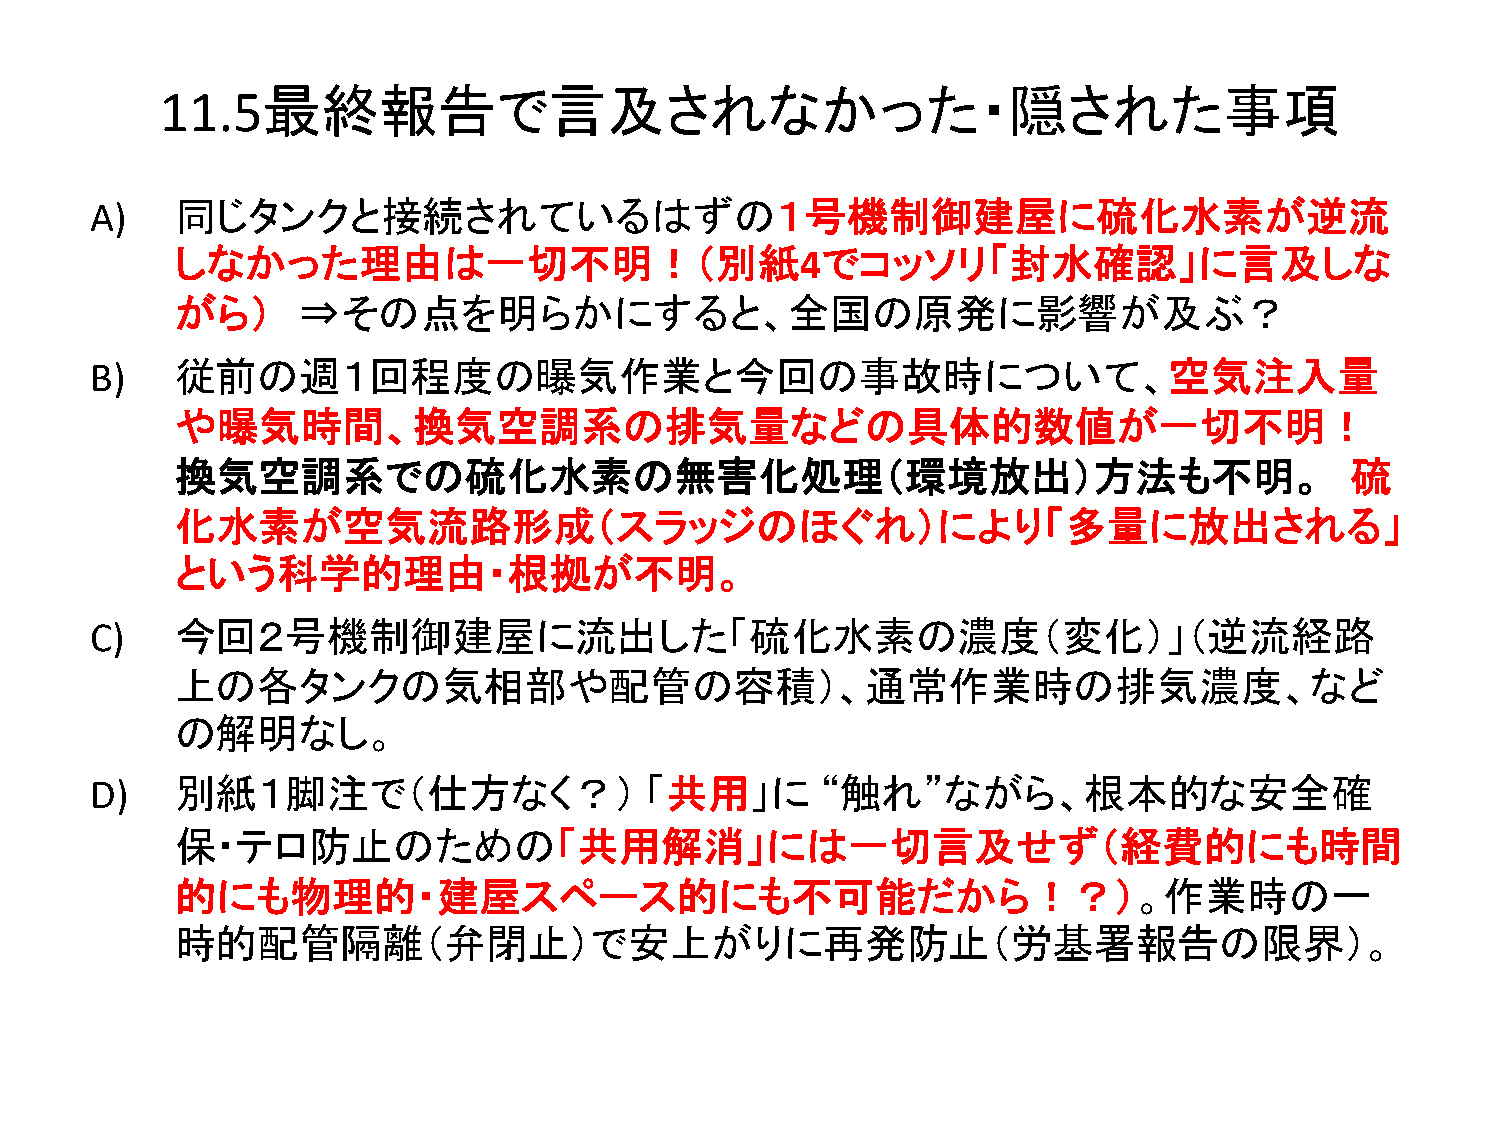
最終報告で言及されなかった・隠された事項
 11.5
 A)    同じタンクと接続されているはずの１号機制御建屋に硫化水素が逆流
 しなかった理由は一切不明！（別紙4でコッソリ「封水確認」に言及しな
 がら）     ⇒その点を明らかにすると、全国の原発に影響が及ぶ？
 B)    従前の週１回程度の曝気作業と今回の事故時について、空気注入量
 や曝気時間、換気空調系の排気量などの具体的数値が一切不明！
 換気空調系での硫化水素の無害化処理（環境放出）方法も不明。                                                硫
 化水素が空気流路形成（スラッジのほぐれ）により「多量に放出される」
 という科学的理由・根拠が不明。
 C)    今回２号機制御建屋に流出した「硫化水素の濃度（変化）」（逆流経路
 上の各タンクの気相部や配管の容積）、通常作業時の排気濃度、など
 の解明なし。
 D)    別紙１脚注で（仕方なく？）                  「共用」に      “触れ”ながら、根本的な安全確
 保・テロ防止のための「共用解消」には一切言及せず（経費的にも時間
 的にも物理的・建屋スペース的にも不可能だから！？）。作業時の一
 時的配管隔離（弁閉止）で安上がりに再発防止（労基署報告の限界）。